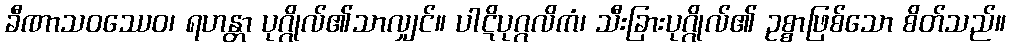
ခီဏာသဝဿေဝ၊ ရဟန္တာ ပုဂ္ဂိုလ်၏သာလျှင်။ ပါဋိပုဂ္ဂလိကံ၊ သီးခြားပုဂ္ဂိုလ်၏ ဥစ္စာဖြစ်သော စိတ်သည်။